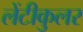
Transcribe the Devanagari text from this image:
लेंटीकुलर